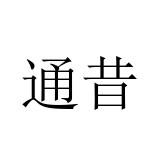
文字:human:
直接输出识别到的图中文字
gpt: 通昔